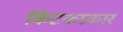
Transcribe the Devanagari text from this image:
किटकप्रकार